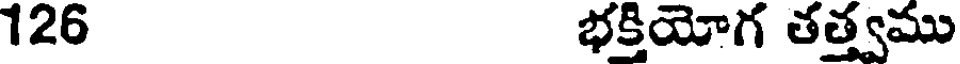
126 భక్తియోగ తత్త్వము